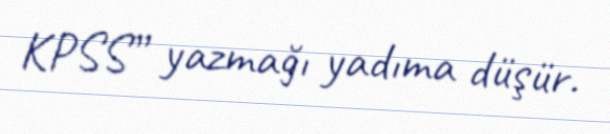
KPSS” yazmağı yadıma düşür.